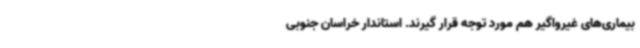
بیماری‌های غیرواگیر هم مورد توجه قرار گیرند. استاندار خراسان جنوبی